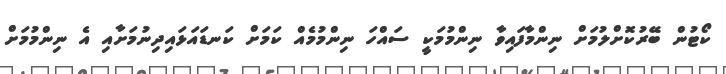
ކޯޓުން ބޭރުކޮށްލުމަށް ނިންމާފައިވާ ނިންމުމަކީ ސައްހަ ނިންމުމެއް ކަމަށް ކަނޑައަޅައިދިނުމަށާއި އެ ނިންމުމަށް